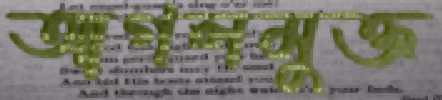
আগলমুক্ত